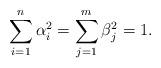
LaTeX: \begin{align*} \sum_{i=1}^n \alpha_i^2= \sum_{j=1}^m \beta_j^2=1.\end{align*}